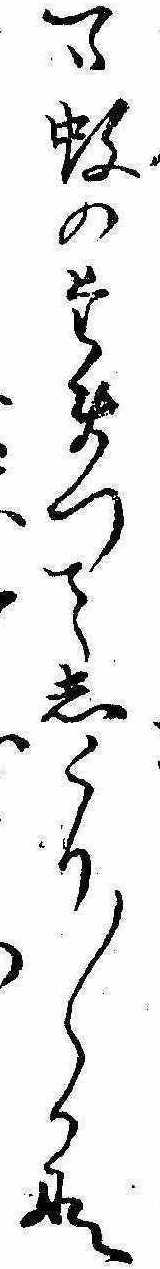
一つ蚊のたまつてしくり〱かな